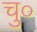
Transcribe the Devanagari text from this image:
चु०